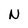
Character: N